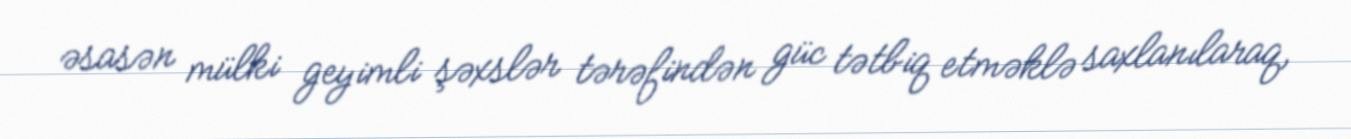
əsasən mülki geyimli şəxslər tərəfindən güc tətbiq etməklə saxlanılaraq,